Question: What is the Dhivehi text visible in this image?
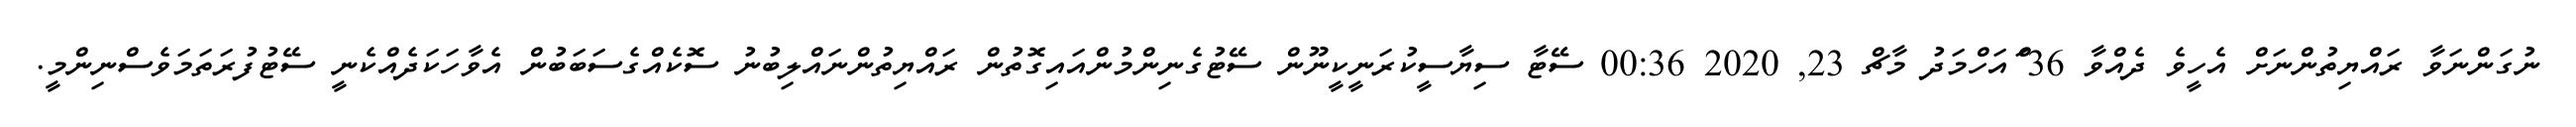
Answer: ނުގަންނަވާ ރައްޔިތުންނަށް އެހީވެ ދެއްވާ 36 ްައަހްމަދު މާޗް 23, 2020 00:36 ސޭޓާ ސިޔާސީކުރަނީކީނޫން ސޭޓުގެނިންމުންއައިގޮތުން ރައްޔިތުންނައްލިބުނު ސޮކެއްގެސަބަބުން އެވާހަކަދެއްކެނީ ސޭޓުފުރަތަމަވެސްނިންމީ.